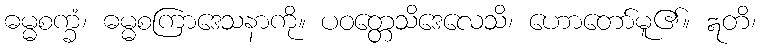
ဓမ္မစက္ခံ၊ ဓမ္မစကြာဒေသနာကို။ ပဝတ္တေသိဒေလေသိ၊ ဟောတော်မူ၏။ ဣတိ၊